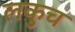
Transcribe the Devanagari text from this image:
लकुच